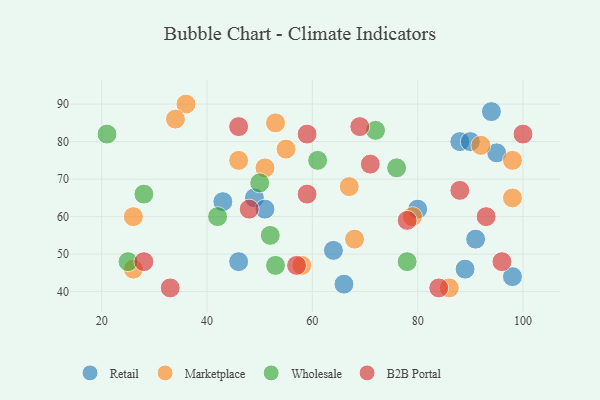
{"axis": {"x": "GDP", "y": "Life Expectancy"}, "legend": ["B2B Portal", "Marketplace", "Retail", "Wholesale"], "data": [{"x": "64", "y": 51, "type": "Retail"}, {"x": "46", "y": 48, "type": "Retail"}, {"x": "49", "y": 65, "type": "Retail"}, {"x": "80", "y": 62, "type": "Retail"}, {"x": "98", "y": 44, "type": "Retail"}, {"x": "43", "y": 64, "type": "Retail"}, {"x": "95", "y": 77, "type": "Retail"}, {"x": "88", "y": 80, "type": "Retail"}, {"x": "90", "y": 80, "type": "Retail"}, {"x": "89", "y": 46, "type": "Retail"}, {"x": "51", "y": 62, "type": "Retail"}, {"x": "94", "y": 88, "type": "Retail"}, {"x": "66", "y": 42, "type": "Retail"}, {"x": "91", "y": 54, "type": "Retail"}, {"x": "26", "y": 46, "type": "Marketplace"}, {"x": "46", "y": 75, "type": "Marketplace"}, {"x": "51", "y": 73, "type": "Marketplace"}, {"x": "98", "y": 75, "type": "Marketplace"}, {"x": "67", "y": 68, "type": "Marketplace"}, {"x": "36", "y": 90, "type": "Marketplace"}, {"x": "53", "y": 85, "type": "Marketplace"}, {"x": "34", "y": 86, "type": "Marketplace"}, {"x": "58", "y": 47, "type": "Marketplace"}, {"x": "86", "y": 41, "type": "Marketplace"}, {"x": "55", "y": 78, "type": "Marketplace"}, {"x": "26", "y": 60, "type": "Marketplace"}, {"x": "92", "y": 79, "type": "Marketplace"}, {"x": "98", "y": 65, "type": "Marketplace"}, {"x": "68", "y": 54, "type": "Marketplace"}, {"x": "79", "y": 60, "type": "Marketplace"}, {"x": "52", "y": 55, "type": "Wholesale"}, {"x": "78", "y": 48, "type": "Wholesale"}, {"x": "53", "y": 47, "type": "Wholesale"}, {"x": "76", "y": 73, "type": "Wholesale"}, {"x": "25", "y": 48, "type": "Wholesale"}, {"x": "50", "y": 69, "type": "Wholesale"}, {"x": "42", "y": 60, "type": "Wholesale"}, {"x": "28", "y": 66, "type": "Wholesale"}, {"x": "21", "y": 82, "type": "Wholesale"}, {"x": "72", "y": 83, "type": "Wholesale"}, {"x": "61", "y": 75, "type": "Wholesale"}, {"x": "48", "y": 62, "type": "B2B Portal"}, {"x": "28", "y": 48, "type": "B2B Portal"}, {"x": "57", "y": 47, "type": "B2B Portal"}, {"x": "84", "y": 41, "type": "B2B Portal"}, {"x": "33", "y": 41, "type": "B2B Portal"}, {"x": "69", "y": 84, "type": "B2B Portal"}, {"x": "96", "y": 48, "type": "B2B Portal"}, {"x": "78", "y": 59, "type": "B2B Portal"}, {"x": "71", "y": 74, "type": "B2B Portal"}, {"x": "93", "y": 60, "type": "B2B Portal"}, {"x": "46", "y": 84, "type": "B2B Portal"}, {"x": "100", "y": 82, "type": "B2B Portal"}, {"x": "59", "y": 82, "type": "B2B Portal"}, {"x": "59", "y": 66, "type": "B2B Portal"}, {"x": "88", "y": 67, "type": "B2B Portal"}]}